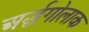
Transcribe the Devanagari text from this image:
अर्द्धगोलाक